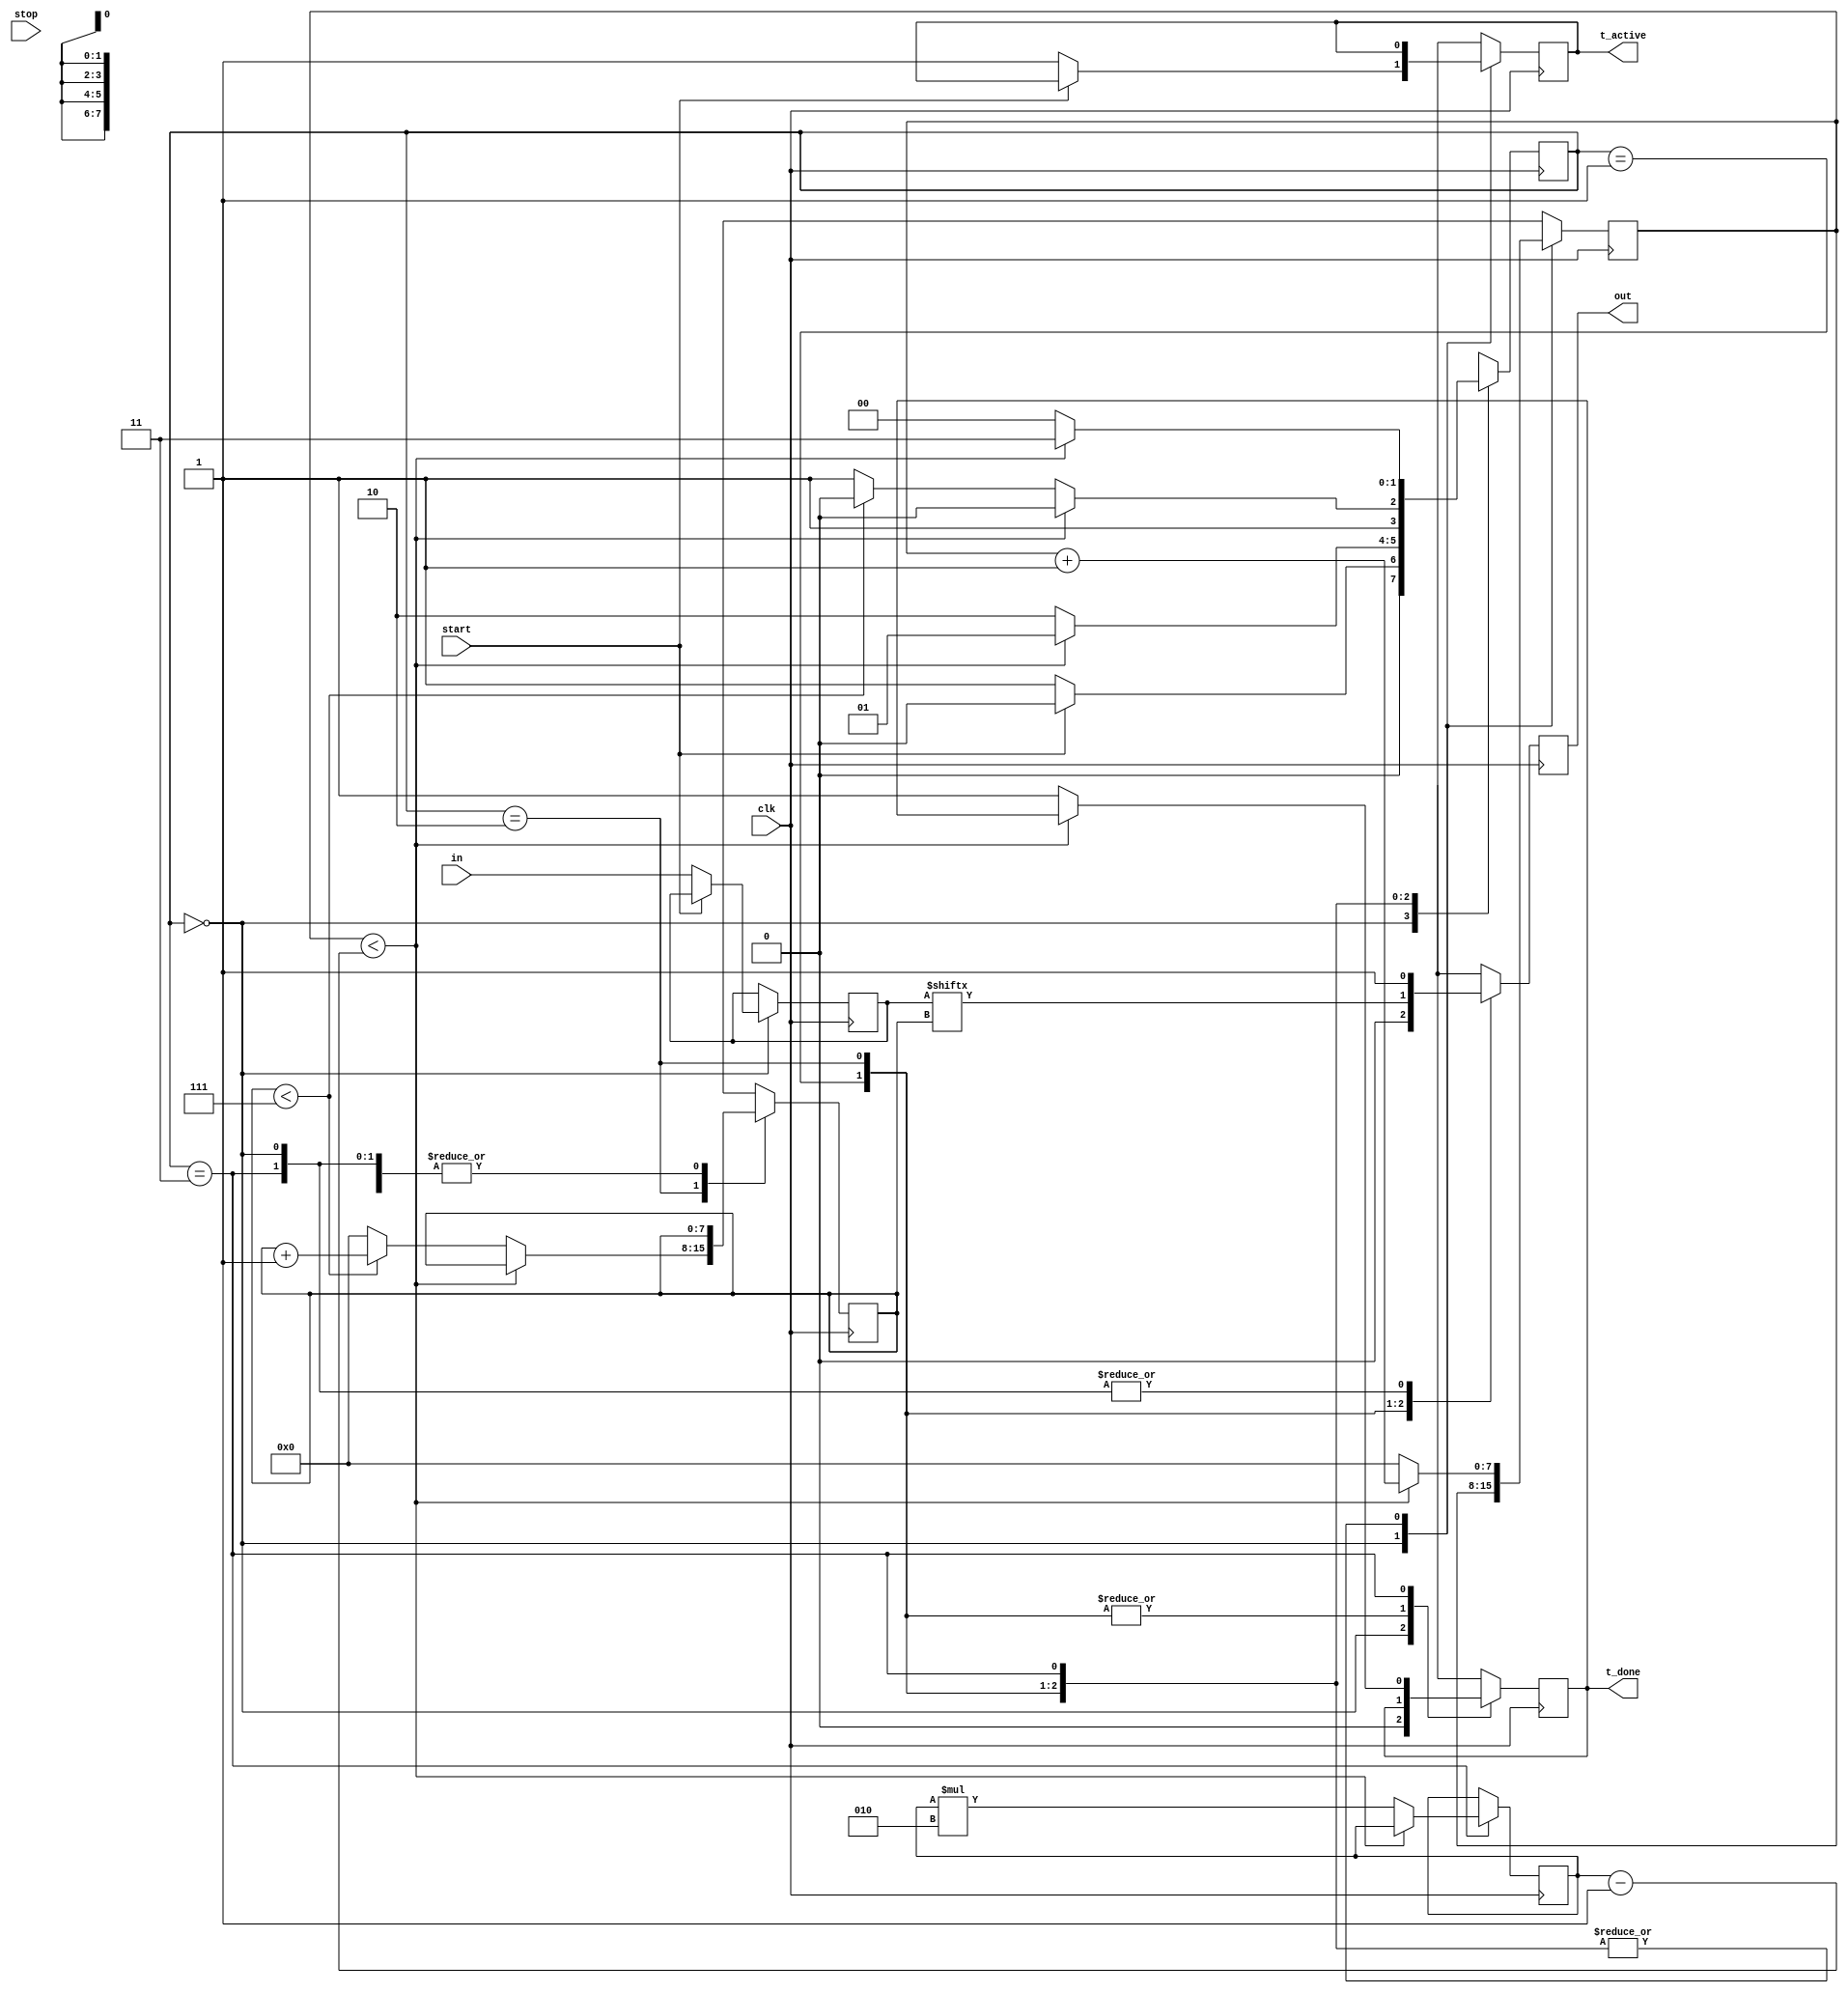
//UART Project

//UART transmitter
module UART_transmitter(clk,start,in,stop,t_active,out,t_done);
  
  input clk,start,stop;
  input [7:0] in;
  
  output reg out,t_active=0,t_done=0;

  parameter S0=2'b00,S1=2'b01,S2=2'b10,S3=2'b11;
    //clock cycles per bit
  integer cpb=26; //By changing cpb we can vary baud rate

  reg [1:0] state=S0; 
  
  reg [7:0] data,clk_count=0,i=0;
  
  always @(posedge clk) 
   begin
    case(state)
      S0 : begin
           out=1;
           t_done=0;
           if(start==0)
              begin
                t_active= 1'b1;
                data<=in;
                state=S1;
              end
            else
            state=S0;
           end
      
      S1 : begin
          out<=0; //transmit start bit
        if(clk_count<cpb-1)
             begin 
                clk_count<=clk_count+1;
                state=S1;
              end
           else
             begin
              state=S2;
              clk_count=0;
             end
         end
      
      S2 : begin
           out<=data[i];
        if(clk_count<cpb-1)
           begin
            clk_count<=clk_count+1;
            state=S2;
           end
         else
          begin
            clk_count=0;
            if(i<7)
              begin
                state=S2;
                i<=i+1;
              end
            else
             begin i=0;
              state=S3;
             end
           end
       end
        
       S3 : begin
          out<=1; //transmit stop bit
         if(clk_count<cpb-1)
             begin 
                clk_count<=clk_count+1;
                state=S3;
              end
           else
             begin
              state=S0;
              clk_count=0;
              t_done=1;
              cpb<=cpb*2;
             end
         
         end 
      
       endcase
     
      end
              
 endmodule

//UART Receiver
module UART_receiver(I,clk,O,r_done);
  
  input I,clk;
  
  output reg [7:0] O;
  output reg r_done=0;
  
  parameter S0=2'b00,S1=2'b01,S2=2'b10,S3=2'b11;
    
  reg [1:0] state=S0;
  
  integer cpb=26;
  
  reg [7:0] clk_count=0,i=0;

  always @(posedge clk)
   begin
     case(state)
      S0: begin
        if(I==0) state=S1;
           else state=S0;
           r_done=0;
           end
       
     S1:  begin                           //wait out start bit
          if(clk_count<cpb-1)
             begin 
                clk_count<=clk_count+1;
                state=S1;
              end
           else
             begin
              state=S2;
              clk_count=0;
             end
          end 
       
       S2: begin            //Start receiving bits
            if(clk_count<cpb-1)
              begin
                clk_count<=clk_count+1;
                state=S2;
                O[i]=I;
              end
            else
             begin
              clk_count=0;
              if(i<7)
                begin
                 state=S2;
                 i<=i+1;
                end
               else
                 begin 
                  i=0;
                  state=S3;
                  r_done=1;
                 end
             end
          end 
       
       S3: begin       //wait out stop bit
           if(I==1)
           begin
              if(clk_count<cpb-1)
               begin 
                clk_count<=clk_count+1;
                state=S3;
               end
             else
               begin
                state=S0;
                clk_count=0;
                cpb<=cpb*2;
               end
           end
         end
      endcase
   end
endmodule